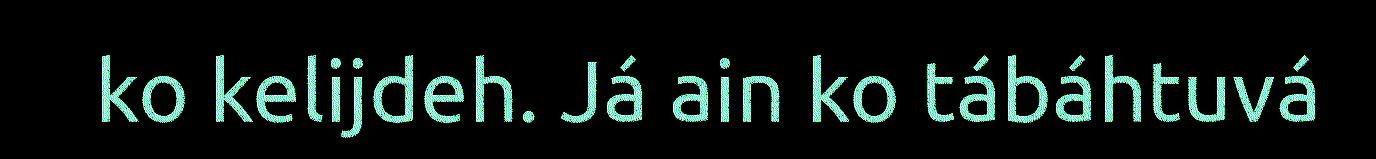
ko kelijdeh. Já ain ko tábáhtuvá